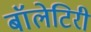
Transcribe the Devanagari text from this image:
बॉलेटिरी